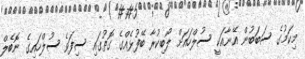
މިކަމުގެ ސަބަބުން އޭނާއަކީ ސުލްހައަށް ލޯބިކުރާ ބޭފުޅެއްގެ ގޮތުގައި ސިފަވެ ސުލްހައިގެ ނޮބެލް